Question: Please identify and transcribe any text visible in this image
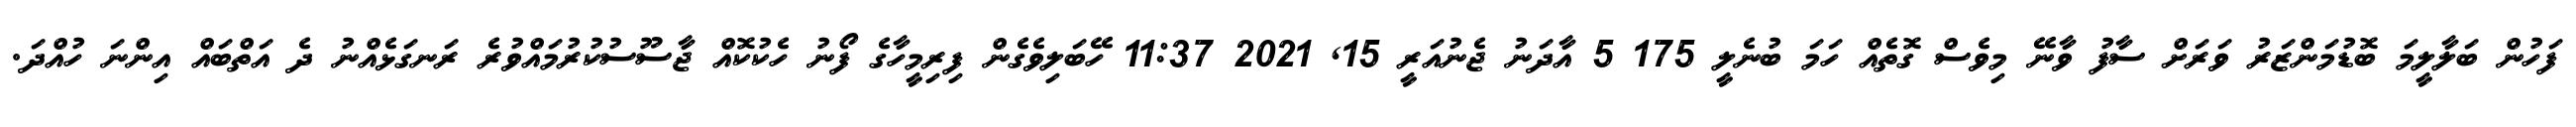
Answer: ފަހުން ބަލާލީމަ ބޮޑުމަންޒަރު ވަރަށް ސާފު ވާނޭ މިވެސް ގޮތެއް ހަމަ ބުނެލީ 175 5 އާދަނު ޖެނުއަރީ 15, 2021 11:37 ހޭބަލިވެގެން ފިރިމީހާގެ ފޯނު ހެކުކޮއް ޖާސޫސުކުރުމައްވުރެ ރަނގަޅެއްނު ދެ އަތްބައް އިންނަ ހުއްދަ.